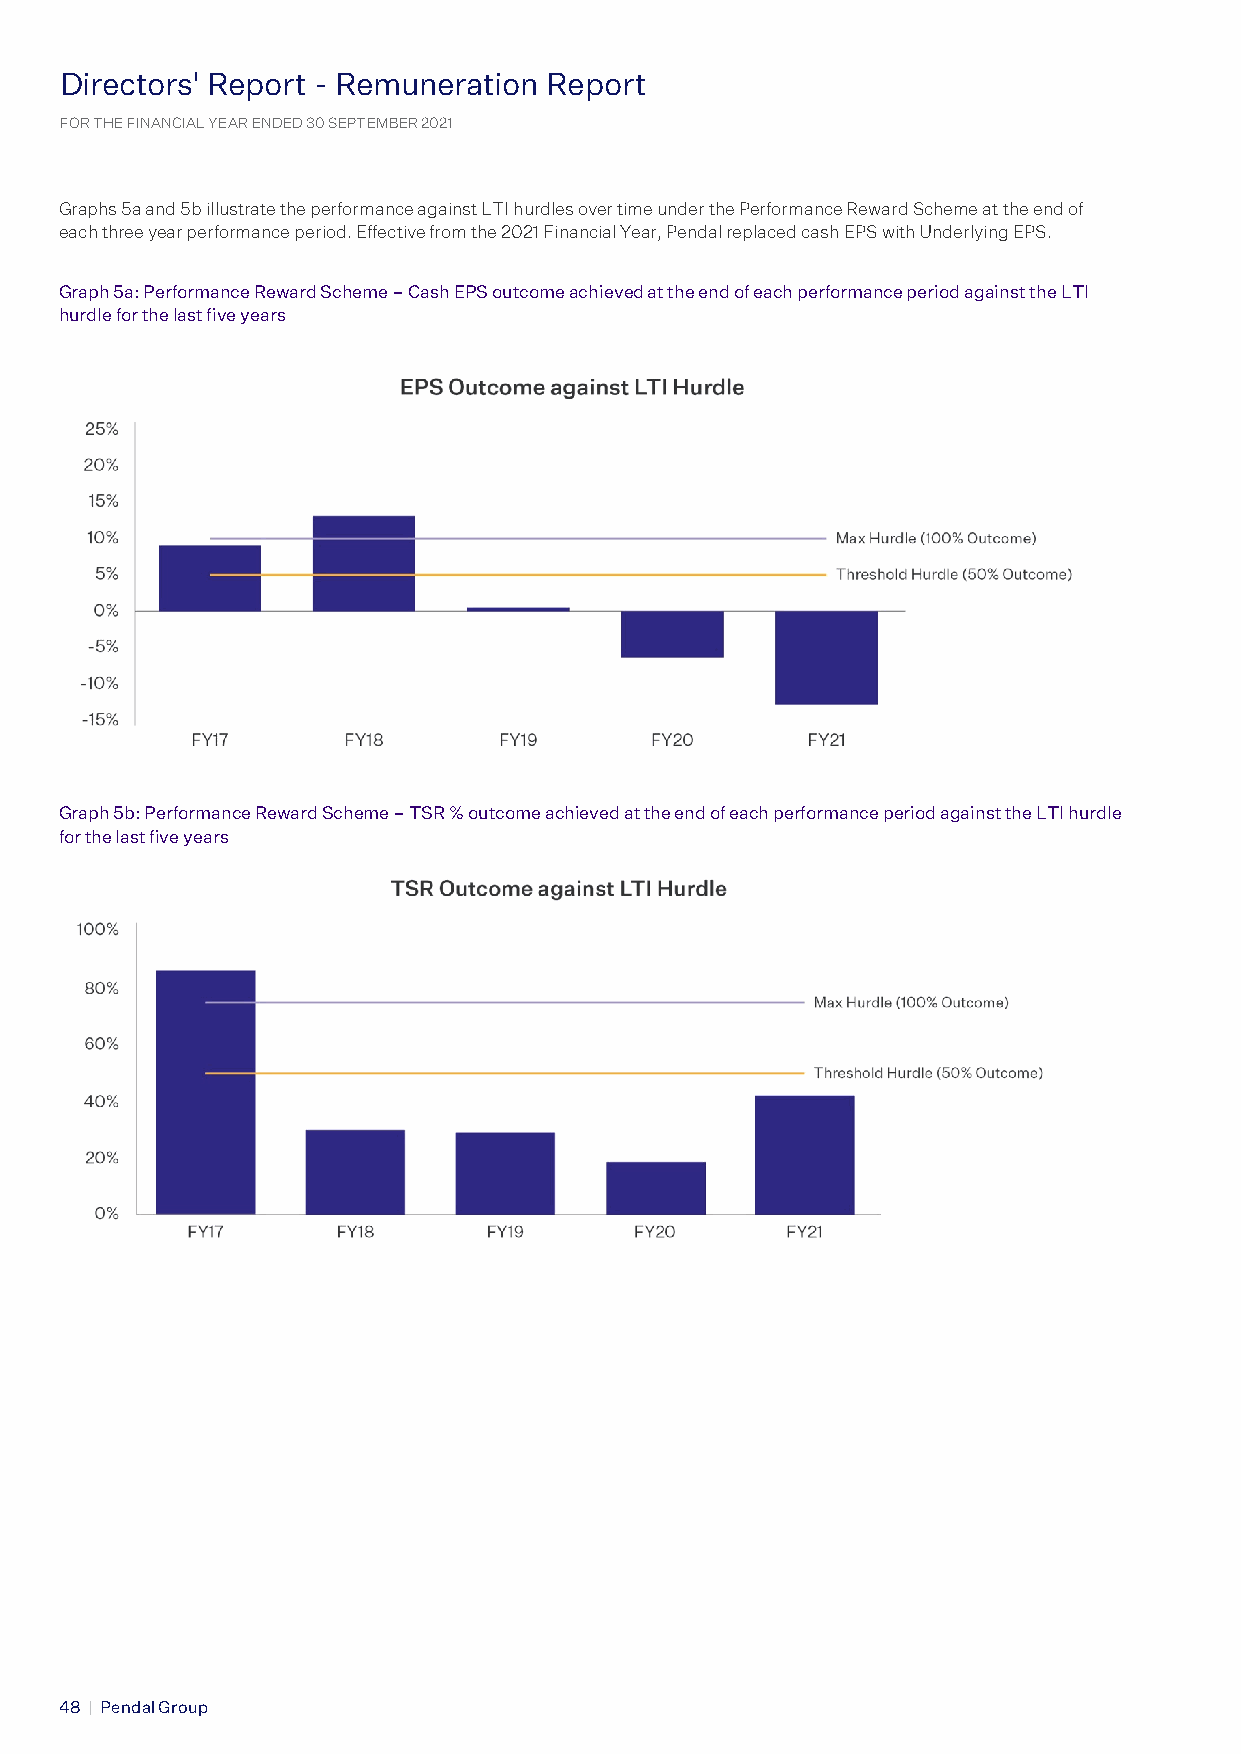
Directors' Report - Remuneration Report
 D FORi r Te HEc FIt No ANr Cs IA’ L YR EAe R p ENo DEr Dt 3 0− S ER PTe EMm BERu 2n 02e 1 ration Report
 FOR THE FINANCIAL YEAR ENDED 30 SEPTEMBER 2021
 Graphs 5a and 5b illustrate the performance against LTI hurdles over time under the Performance Reward Scheme at the end of
 each three year performance period. Effective from the 2021 Financial Year, Pendal replaced cash EPS with Underlying EPS.
 Graph 5a: Performance Reward Scheme – Cash EPS outcome achieved at the end of each performance period against the LTI
 hurdle for the last five years
 Graph 5b: Performance Reward Scheme – TSR % outcome achieved at the end of each performance period against the LTI hurdle
 for the last five years
 4 8 | Pendal Group